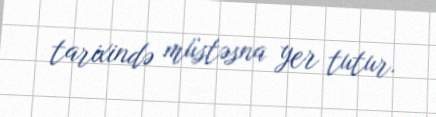
tarixində müstəsna yer tutur.